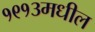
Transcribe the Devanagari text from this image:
१९१३मधील